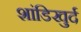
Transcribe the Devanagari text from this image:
शांडिखुर्द